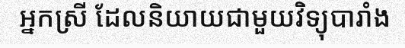
អ្នកស្រី ដែលនិយាយជាមួយវិទ្យុបារាំង